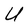
Character: U